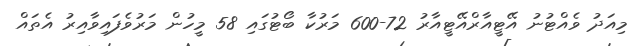
މިއަދު ވެއްޓުނު އޭޓީއާރްއޭޓީއާރު 72-600 މަރުކާ ބޯޓުގައި 58 މީހުން މަރުވެފައިވާއިރު އެތައް